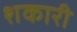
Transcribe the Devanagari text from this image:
शकारी